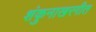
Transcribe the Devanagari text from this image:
शंकुनाखरगीत